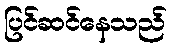
ပြင်ဆင်နေသည်